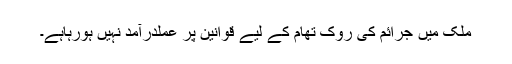
ملک میں جرائم کی روک تھام کے لیے قوانین پر عملدرآمد نہیں ہورہاہے۔